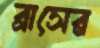
ব্রাসের